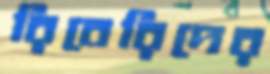
রিবেরিদের